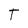
Character: t